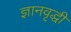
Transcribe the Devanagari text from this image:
ज्ञानवृद्धी